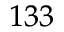
^ { 1 3 3 }